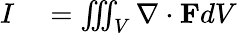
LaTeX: \begin{array}{rl}{I}&{{}=\iiint_{V}\nabla\cdot\mathbf{F}dV}\end{array}